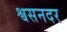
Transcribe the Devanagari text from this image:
श्वसनदर